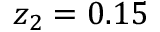
z _ { 2 } = 0 . 1 5